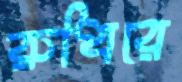
রুধিরে